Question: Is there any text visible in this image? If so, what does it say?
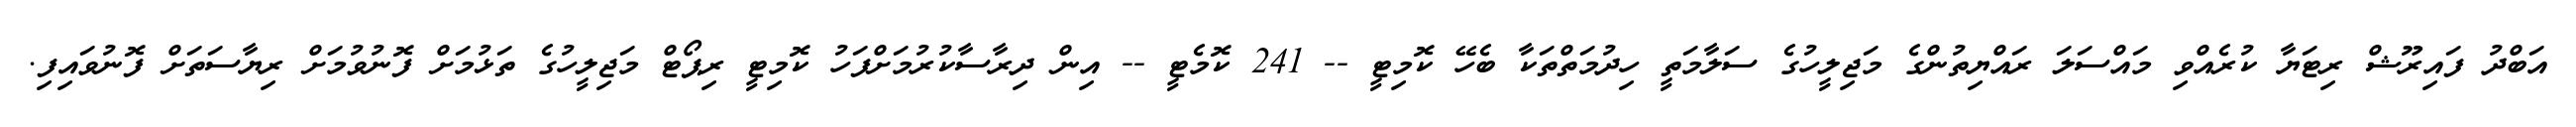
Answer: އަބްދު ފައިރޫޝް ރިޓަޔާ ކުރެއްވި މައްސަލަ ރައްޔިތުންގެ މަޖިލީހުގެ ސަލާމަތީ ހިދުމަތްތަކާ ބެހޭ ކޮމިޓީ -- 241 ކޮމެޓީ -- އިން ދިރާސާކުރުމަށްފަހު ކޮމިޓީ ރިޕޯޓް މަޖިލީހުގެ ތަޅުމަށް ފޮނުވުމަށް ރިޔާސަތަށް ފޮނުވައިފި.